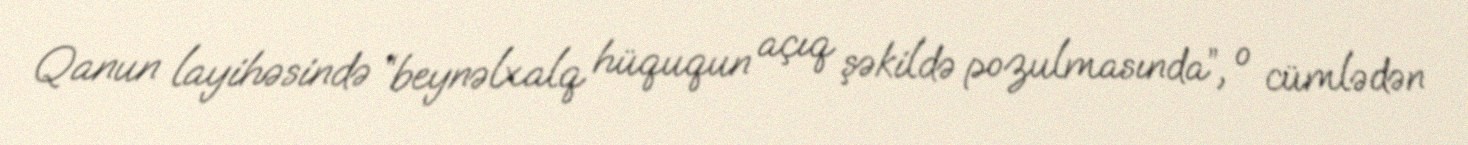
Qanun layihəsində “beynəlxalq hüququn açıq şəkildə pozulmasında”, o cümlədən